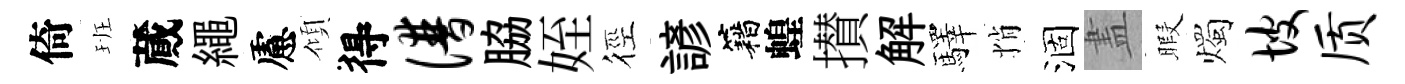
倚班蕆繩慮傾得谱脇姪徑諺籍蝗攅解驛悄涸𥁞暇燭坡质